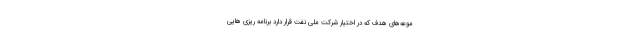
موعه‌های هدف که در اختیار شرکت ملی نفت قرار دارد برنامه ریزی هایی